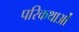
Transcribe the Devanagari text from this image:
परिकथाओं